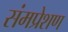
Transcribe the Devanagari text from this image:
संमप्रेशण